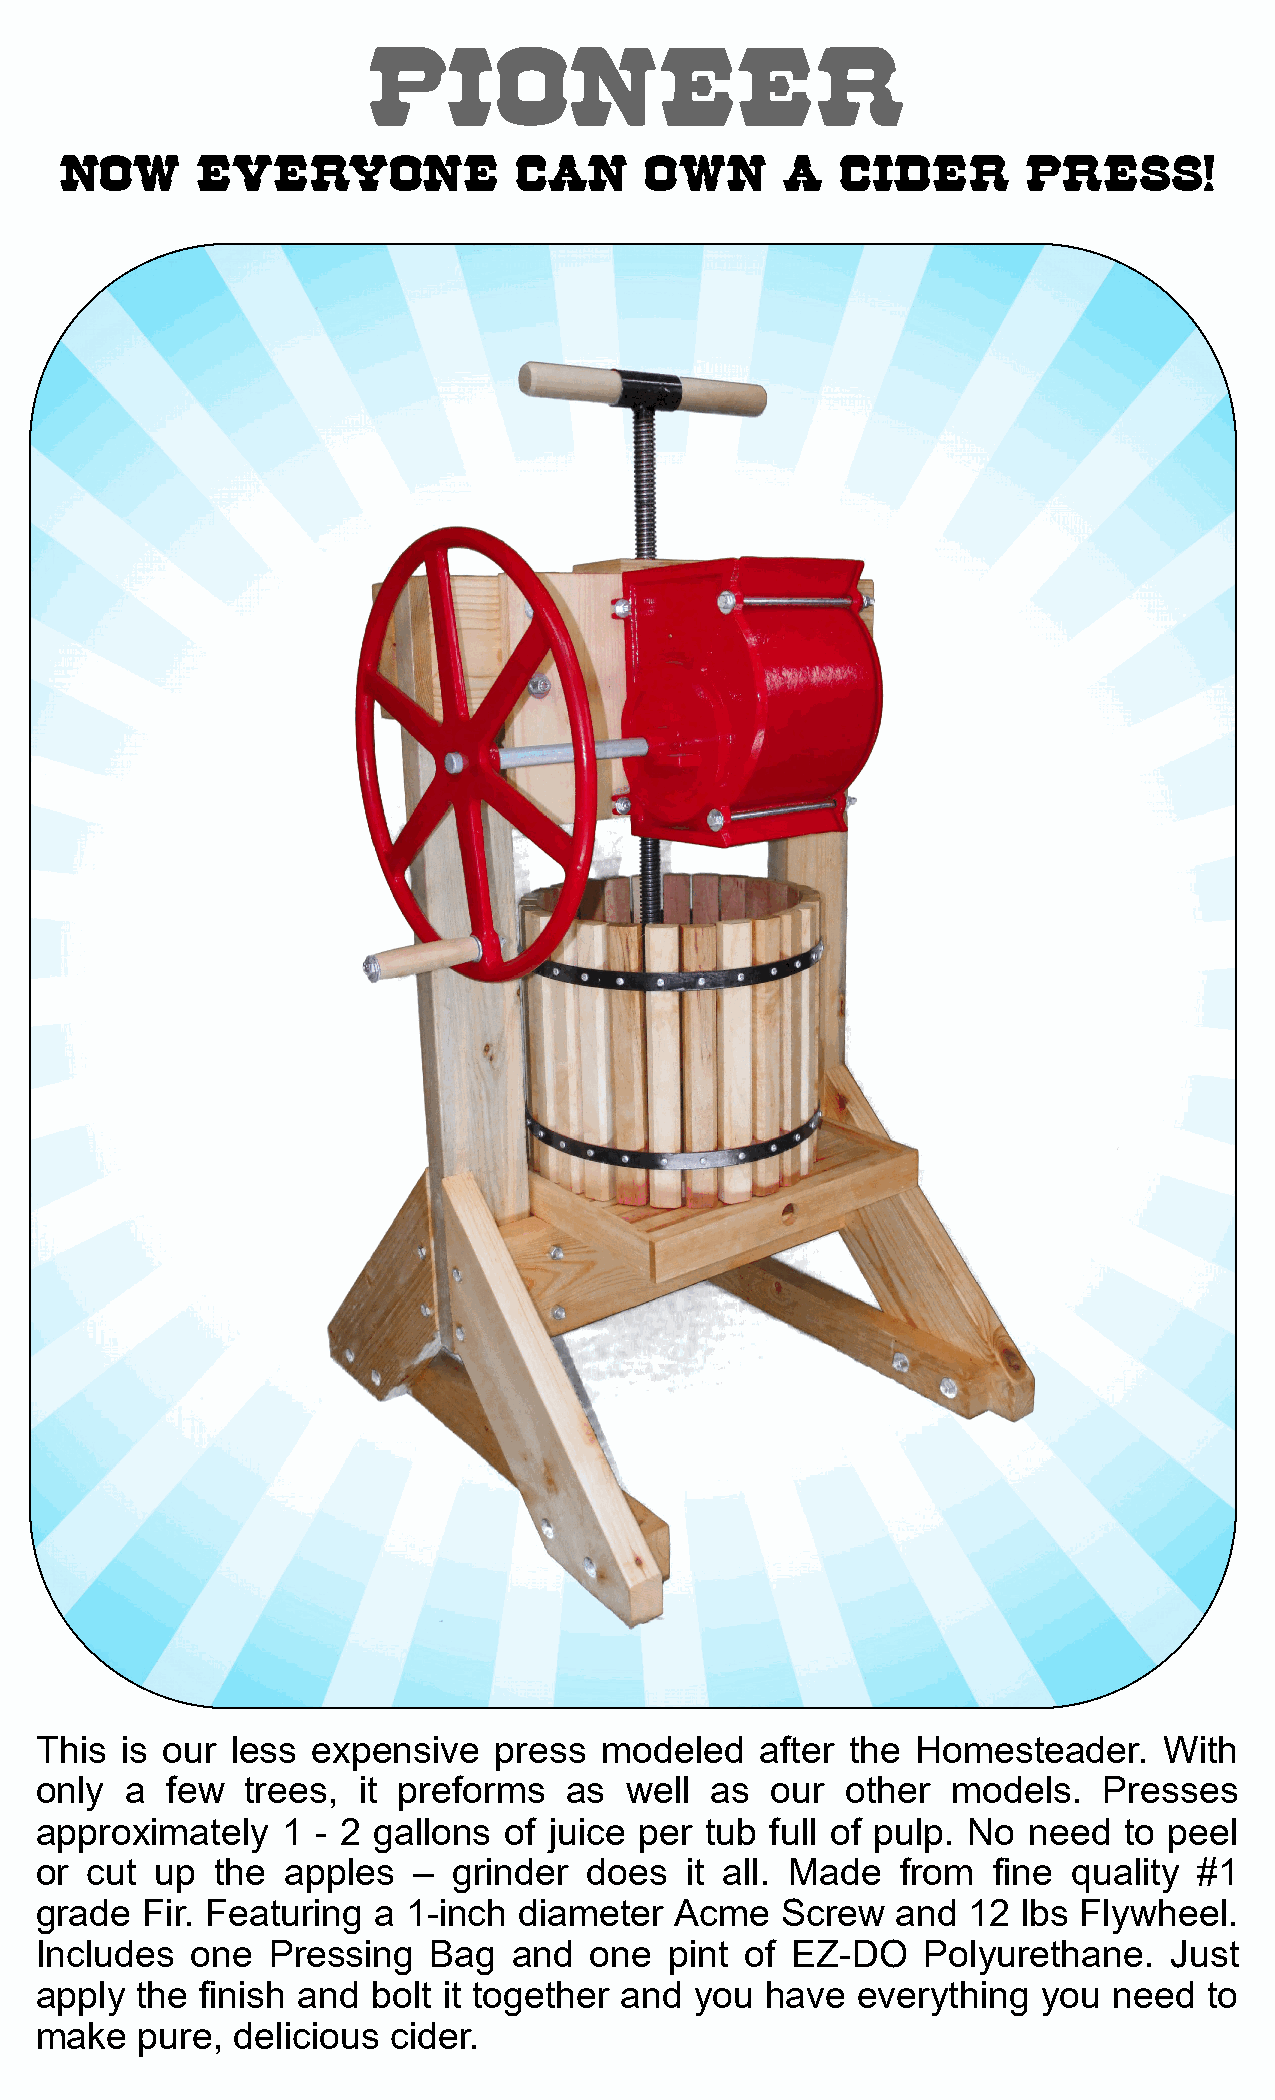
PIONEER
 NOW      EVERYONE             CAN      OWN      A   CIDER       PRESS!
 This  is our less  expensive   press  modeled   after the  Homesteader.    With
 only  a  few  trees,  it preforms   as well  as  our  other  models.   Presses
 approximately    1 - 2 gallons of juice per  tub full of pulp. No need  to peel
 or  cut up  the  apples  –  grinder  does  it all. Made   from  fine quality #1
 grade  Fir. Featuring  a 1-inch diameter   Acme   Screw  and  12  lbs Flywheel.
 Includes   one  Pressing  Bag   and  one  pint of EZ-DO    Polyurethane.   Just
 apply  the finish and  bolt it together and you  have  everything  you  need  to
 make   pure, delicious  cider.